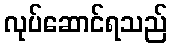
လုပ်ဆောင်ရသည်